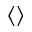
\left\langle { } \right\rangle